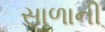
સાળાની